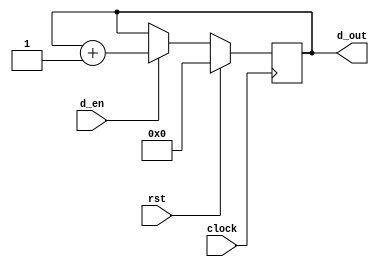
module counter
(
    d_out, clock, rst, d_en
);

    input clock;
    input rst;
    input d_en;
    output [11:0] d_out;

    reg [11:0] counter;

    always @ (posedge clock)
        if(rst)
        begin
            counter <= 12'b0;
        end
        else if(d_en)
        begin
            counter <= counter + 1'b1;
        end
        else
        begin
            counter <= counter;
        end

    assign d_out = counter;

endmodule